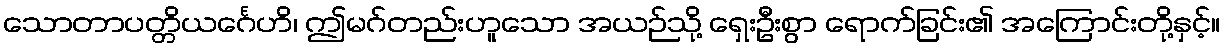
သောတာပတ္တိယင်္ဂေဟိ၊ ဤမဂ်တည်းဟူသော အယဉ်သို့ ရှေးဦးစွာ ရောက်ခြင်း၏ အကြောင်းတို့နှင့်။